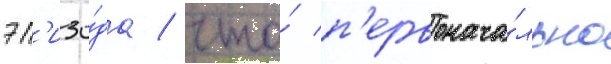
эп'изо́да / что́ п'ервонача́льно